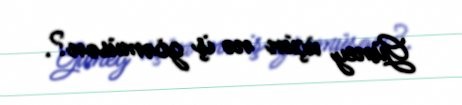
Güney üçün nə iş görmüsən?.